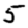
Digit: 5